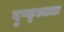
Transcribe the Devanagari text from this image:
दुष्कृत्याला